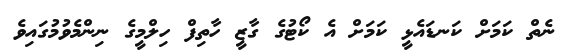
ނެތް ކަމަށް ކަނޑައެޅީ ކަމަށް އެ ކޯޓުގެ ގާޒީ ހާތިފް ހިލްމީގެ ނިންމެވުމުގައިވެ